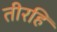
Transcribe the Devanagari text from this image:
तीरहि